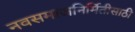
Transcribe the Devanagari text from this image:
नवसमाजनिर्मितीसाठी